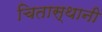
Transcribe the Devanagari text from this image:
चितास्थानी